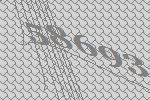
58693